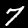
Digit: 7